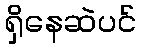
ရှိနေဆဲပင်